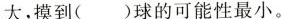
大，摸到( )球的可能性最小。